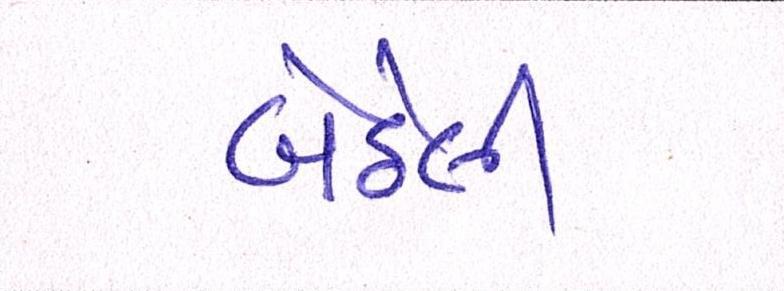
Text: બેઠેલી